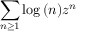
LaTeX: \sum _ { n \geq 1 } \log { ( n ) } z ^ { n }